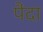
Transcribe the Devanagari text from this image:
पैंदा